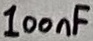
Text: 100nF